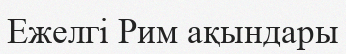
Ежелгі Рим ақындары